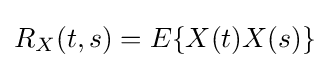
R_{X}(t,s)=E\{X(t)X(s)\}